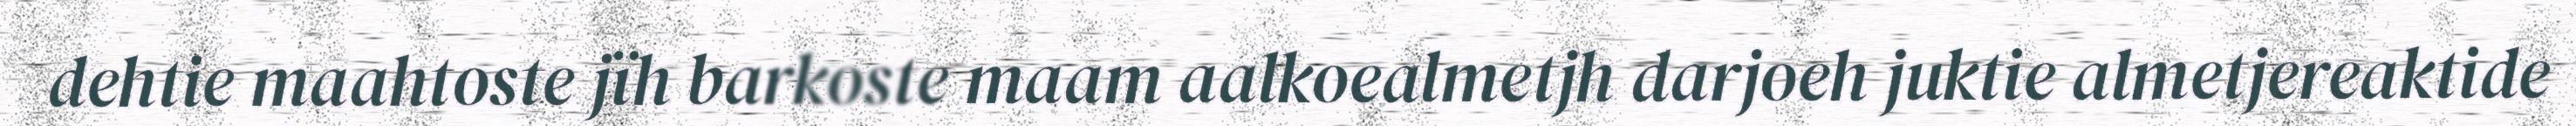
dehtie maahtoste jïh barkoste maam aalkoealmetjh darjoeh juktie almetjereaktide